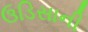
ઉડિસાની